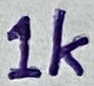
Text: 1k